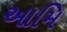
આમિ